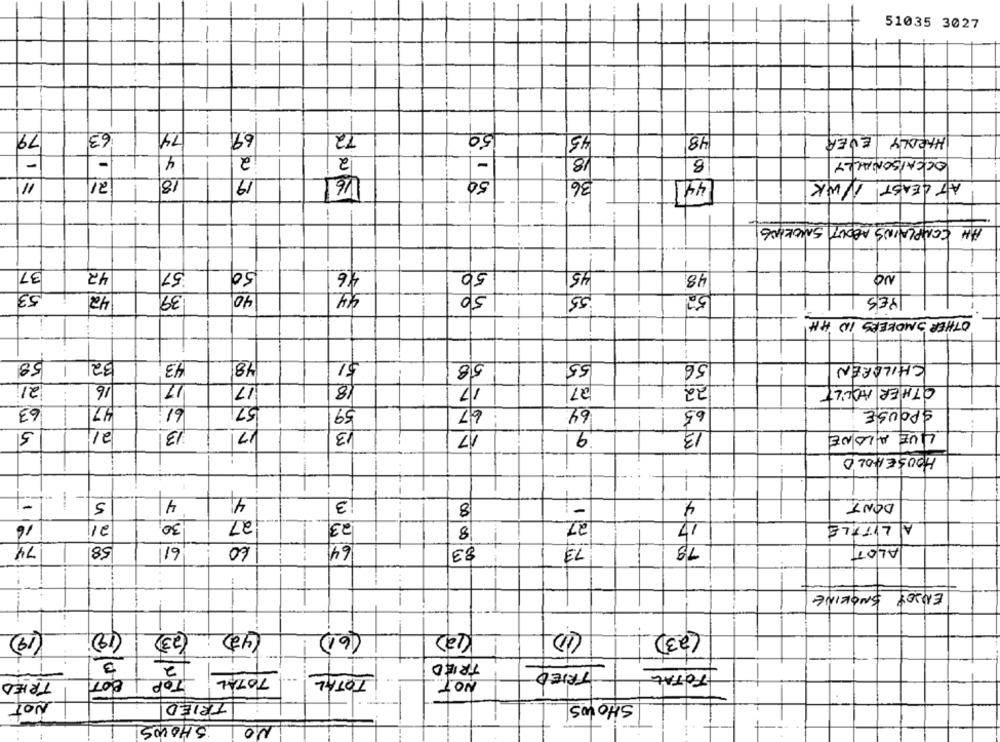
51035 3027
-
79
63
74
69
72
50
-
45
48
EVER
HARDLY
4
2
2
18
-
-
B
OCCASIONALLY
16
50
36/
11
21
18
19
44]
AT LEAST. NWK
AN COMPLAINS ABOUT SMOKING
37
42
57
50
46
50
45
-
48
NO
4
50
55
52
53
42
39
40
YES
OTHER SMOKERS IN HH
---
58
32
43
18
$1
58
55
56
CHILDREN
21
16
17
17
18
--
17
27
22
OTHER ADULT
63
47
6.1
57
59
67
64
65
SPOUSE
13
17
13
9
13
5
17
QUE ALONE
HOUSEHOLD
-
5
4
13
8
4.
DONT
-
30
27
23
27
16
21
8
17
A LITTLE
64
74
58
61
60
83
13
ALOT
ENJOY SMOKING
--
(1)
(19)
(12)
23
42
(61)
(12)
(23)
3
TRIED
2
TRIED
TOTAL
TRIED
TOP
TOTAL
TOTAL
NOT
NOT
TRIED
SHOWS
SHOWS!
NO